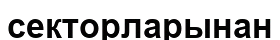
секторларынан